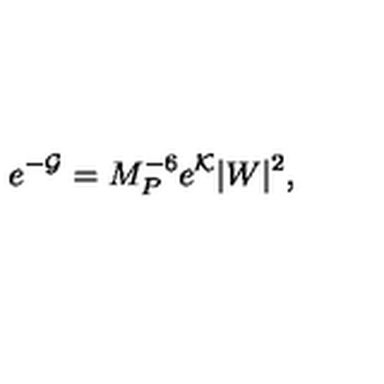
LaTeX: e ^ { - { \cal G } } = M _ { P } ^ { - 6 } e ^ { \cal K } | W | ^ { 2 } ,